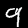
Label: 9